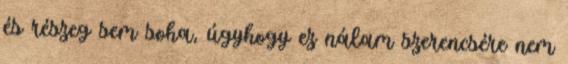
és részeg sem soha, úgyhogy ez nálam szerencsére nem